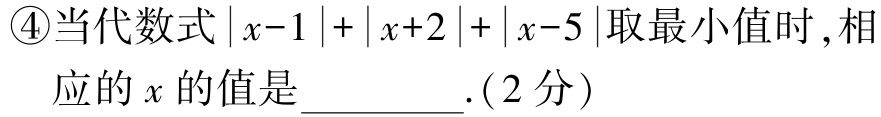
\textcircled{4}当代数式\(\vert x - 1\vert+\vert x + 2\vert+\vert x - 5\vert\)取最小值时 , 相应的 \(x\) 的值是_________.(2分）